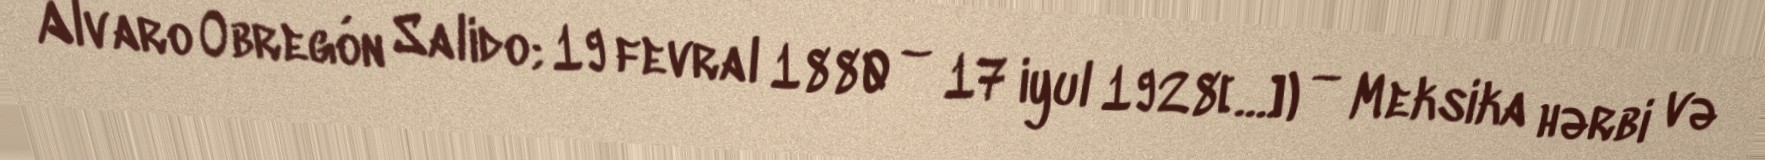
Álvaro Obregón Salido; 19 fevral 1880 – 17 iyul 1928[…]) — Meksika hərbi və